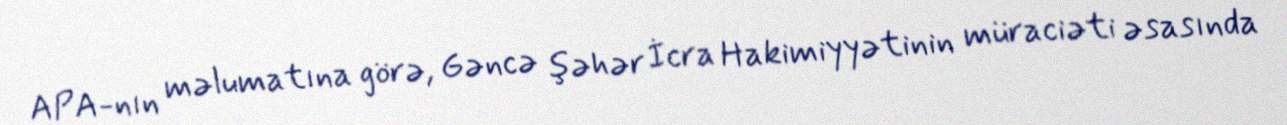
APA-nın məlumatına görə, Gəncə şəhər İcra Hakimiyyətinin müraciəti əsasında